Lunatic asylums Central Provinces reports 1874-1885 - 1874-1885
Year: 1874
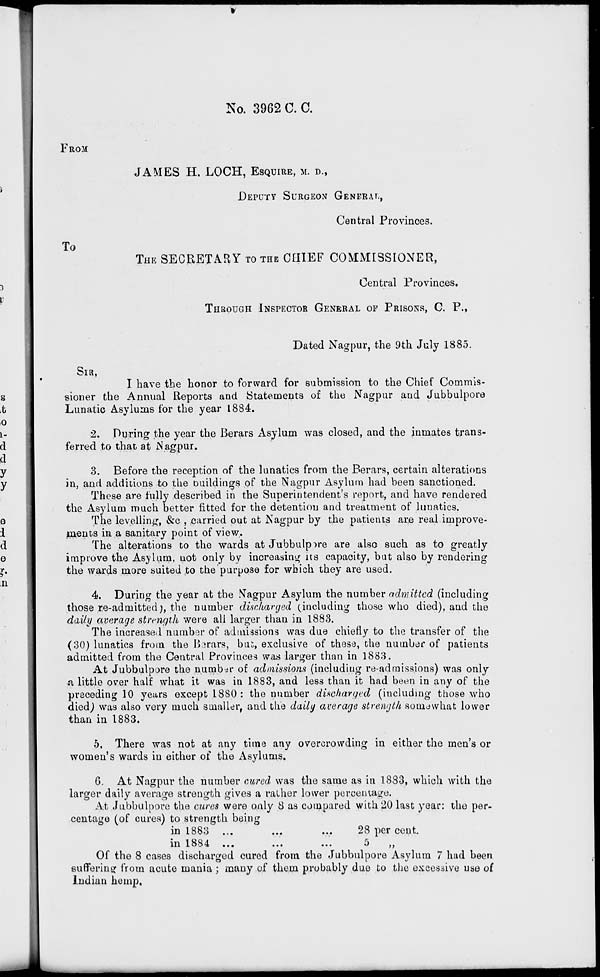
No. 3962 C. C.
FROM
JAMES H. LOCH, ESQUIRE, M.D.,
DEPUTY SURGEON GENERAL,
Central Provinces.
TO
THE SECRETARY TO THE CHIEF COMMISSIONER,
Central Provinces.
THROUGH INSPECTOR GENERAL OF PRISONS, C. P.,
Dated Nagpur, the 9th July 1885.
SIR,
I have the honor to forward for submission to the Chief Commis-
sioner the Annual Reports and Statements of the Nagpur and Jubbulpore
Lunatic Asylums for the year 1884.
2. During the year the Berars Asylum was closed, and the inmates trans-
ferred to that at Nagpur.
3. Before the reception of the lunatics from the Berars, certain alterations
in, and additions to the buildings of the Nagpur Asylum had been sanctioned.
These are fully described in the Superintendent's report, and have rendered
the Asylum much better fitted for the detention and treatment of lunatics.
The levelling, &c , carried out at Nagpur by the patients are real improve-
ments in a sanitary point of view.
The alterations to the wards at Jubbulpore are also such as to greatly
improve the Asylum, not only by increasing its capacity, but also by rendering
the wards more suited to the purpose for which they are used.
4. During the year at the Nagpur Asylum the number admitted (including
those re-admitted), the number discharged (including those who died), and the
daily average strength were all larger than in 1883.
The increased number of admissions was due chiefly to the transfer of the
(30) lunatics from the Berars, but, exclusive of these, the number of patients
admitted from the Central Provinces was larger than in 1883.
At Jubbulpore the number of admissions (including re-admissions) was only
a little over half what it was in 1883, and less than it had been in any of the
preceding 10 years except 1880 : the number discharged (including those who
died) was also very much smaller, and the daily average strength somewhat lower
than in 1883.
5. There was not at any time any overcrowding in either the men's or
women's wards in either of the Asylums.
6. At Nagpur the number cured was the same as in 1883, which with the
larger daily average strength gives a rather lower percentage.
At Jubbulpore the cures were only 8 as compared with 20 last year: the per-
centage (of cures) to strength being
in 1883
...
...
...
in 1884 ... ... ...
28 per cent
5
„
Of the 8 cases discharged cured from the Jubbulpore Asylum 7 had been
suffering from acute mania; many of them probably due to the excessive use of
Indian hemp.